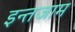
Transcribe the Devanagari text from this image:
इन्‍तजाम